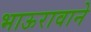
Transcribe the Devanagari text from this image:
भाऊरावाने